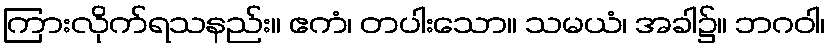
ကြားလိုက်ရသနည်း။ ဧကံ၊ တပါးသော။ သမယံ၊ အခါ၌။ ဘဂဝါ၊